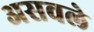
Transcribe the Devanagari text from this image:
असवले